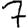
Digit: 7